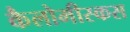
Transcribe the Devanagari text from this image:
कैलोमीस्कस